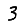
Digit: 3